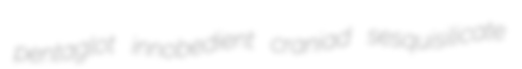
pentaglot innobedient craniad sesquisilicate